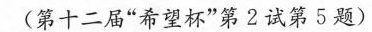
(第十二届”希望杯”第2试第5题)